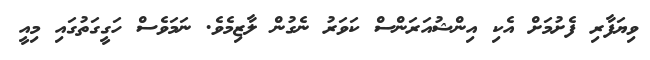
ވިޔަފާރި ފެށުމަށް އެކި އިންޝުއަރަންސް ކަވަރު ނެގުން ލާޒިމެވެ. ނަމަވެސް ހަގީގަތުގައި މިއީ